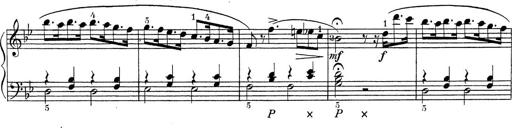
Title: ÄŒeskÃ© Sonatiny
Composer: Various